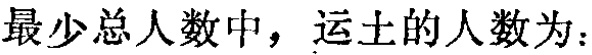
最少总人数中，运土的人数为：